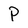
Character: P